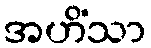
အဟိံသာ